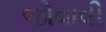
જોવાવી